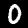
Digit: 0